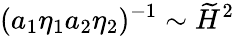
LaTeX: (a_{1}\eta_{1}a_{2}\eta_{2})^{-1}\sim\widetilde{H}^{2}